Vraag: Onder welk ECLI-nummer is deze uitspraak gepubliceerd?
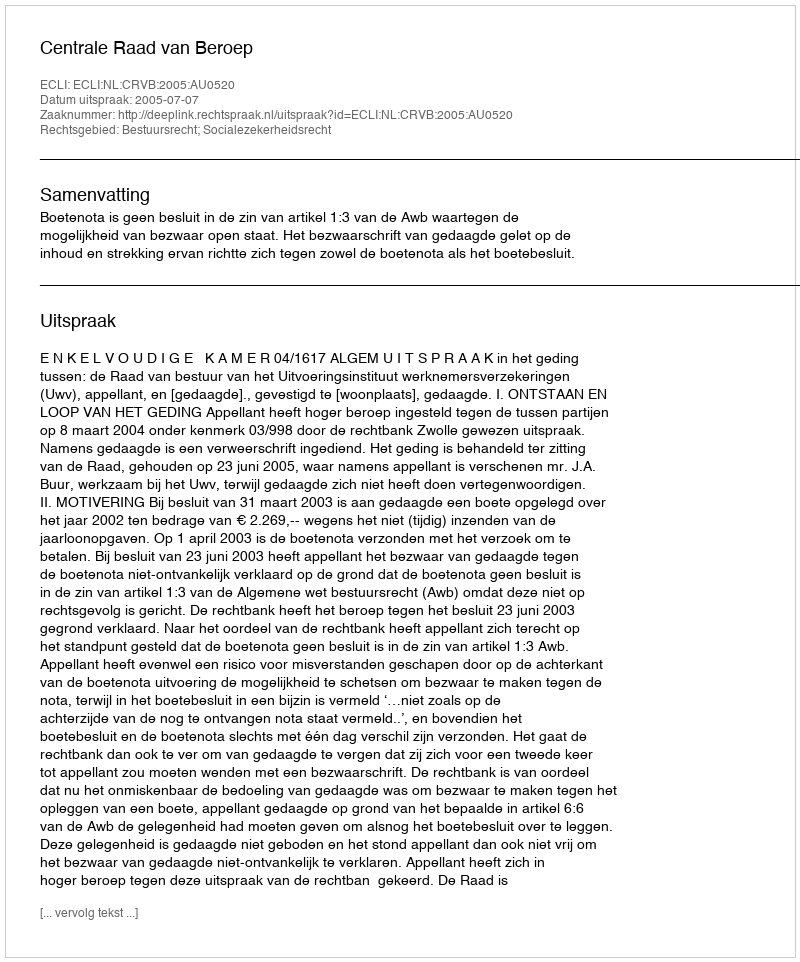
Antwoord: ECLI:NL:CRVB:2005:AU0520